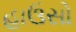
હાઉસો